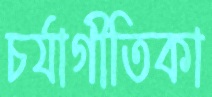
চর্যাগীতিকা